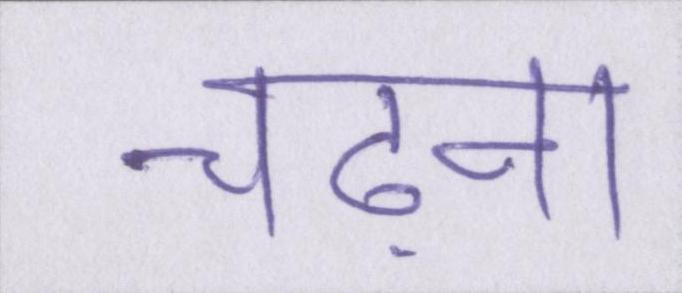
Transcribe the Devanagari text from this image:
चढ़ना